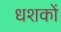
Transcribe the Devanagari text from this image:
धशकों